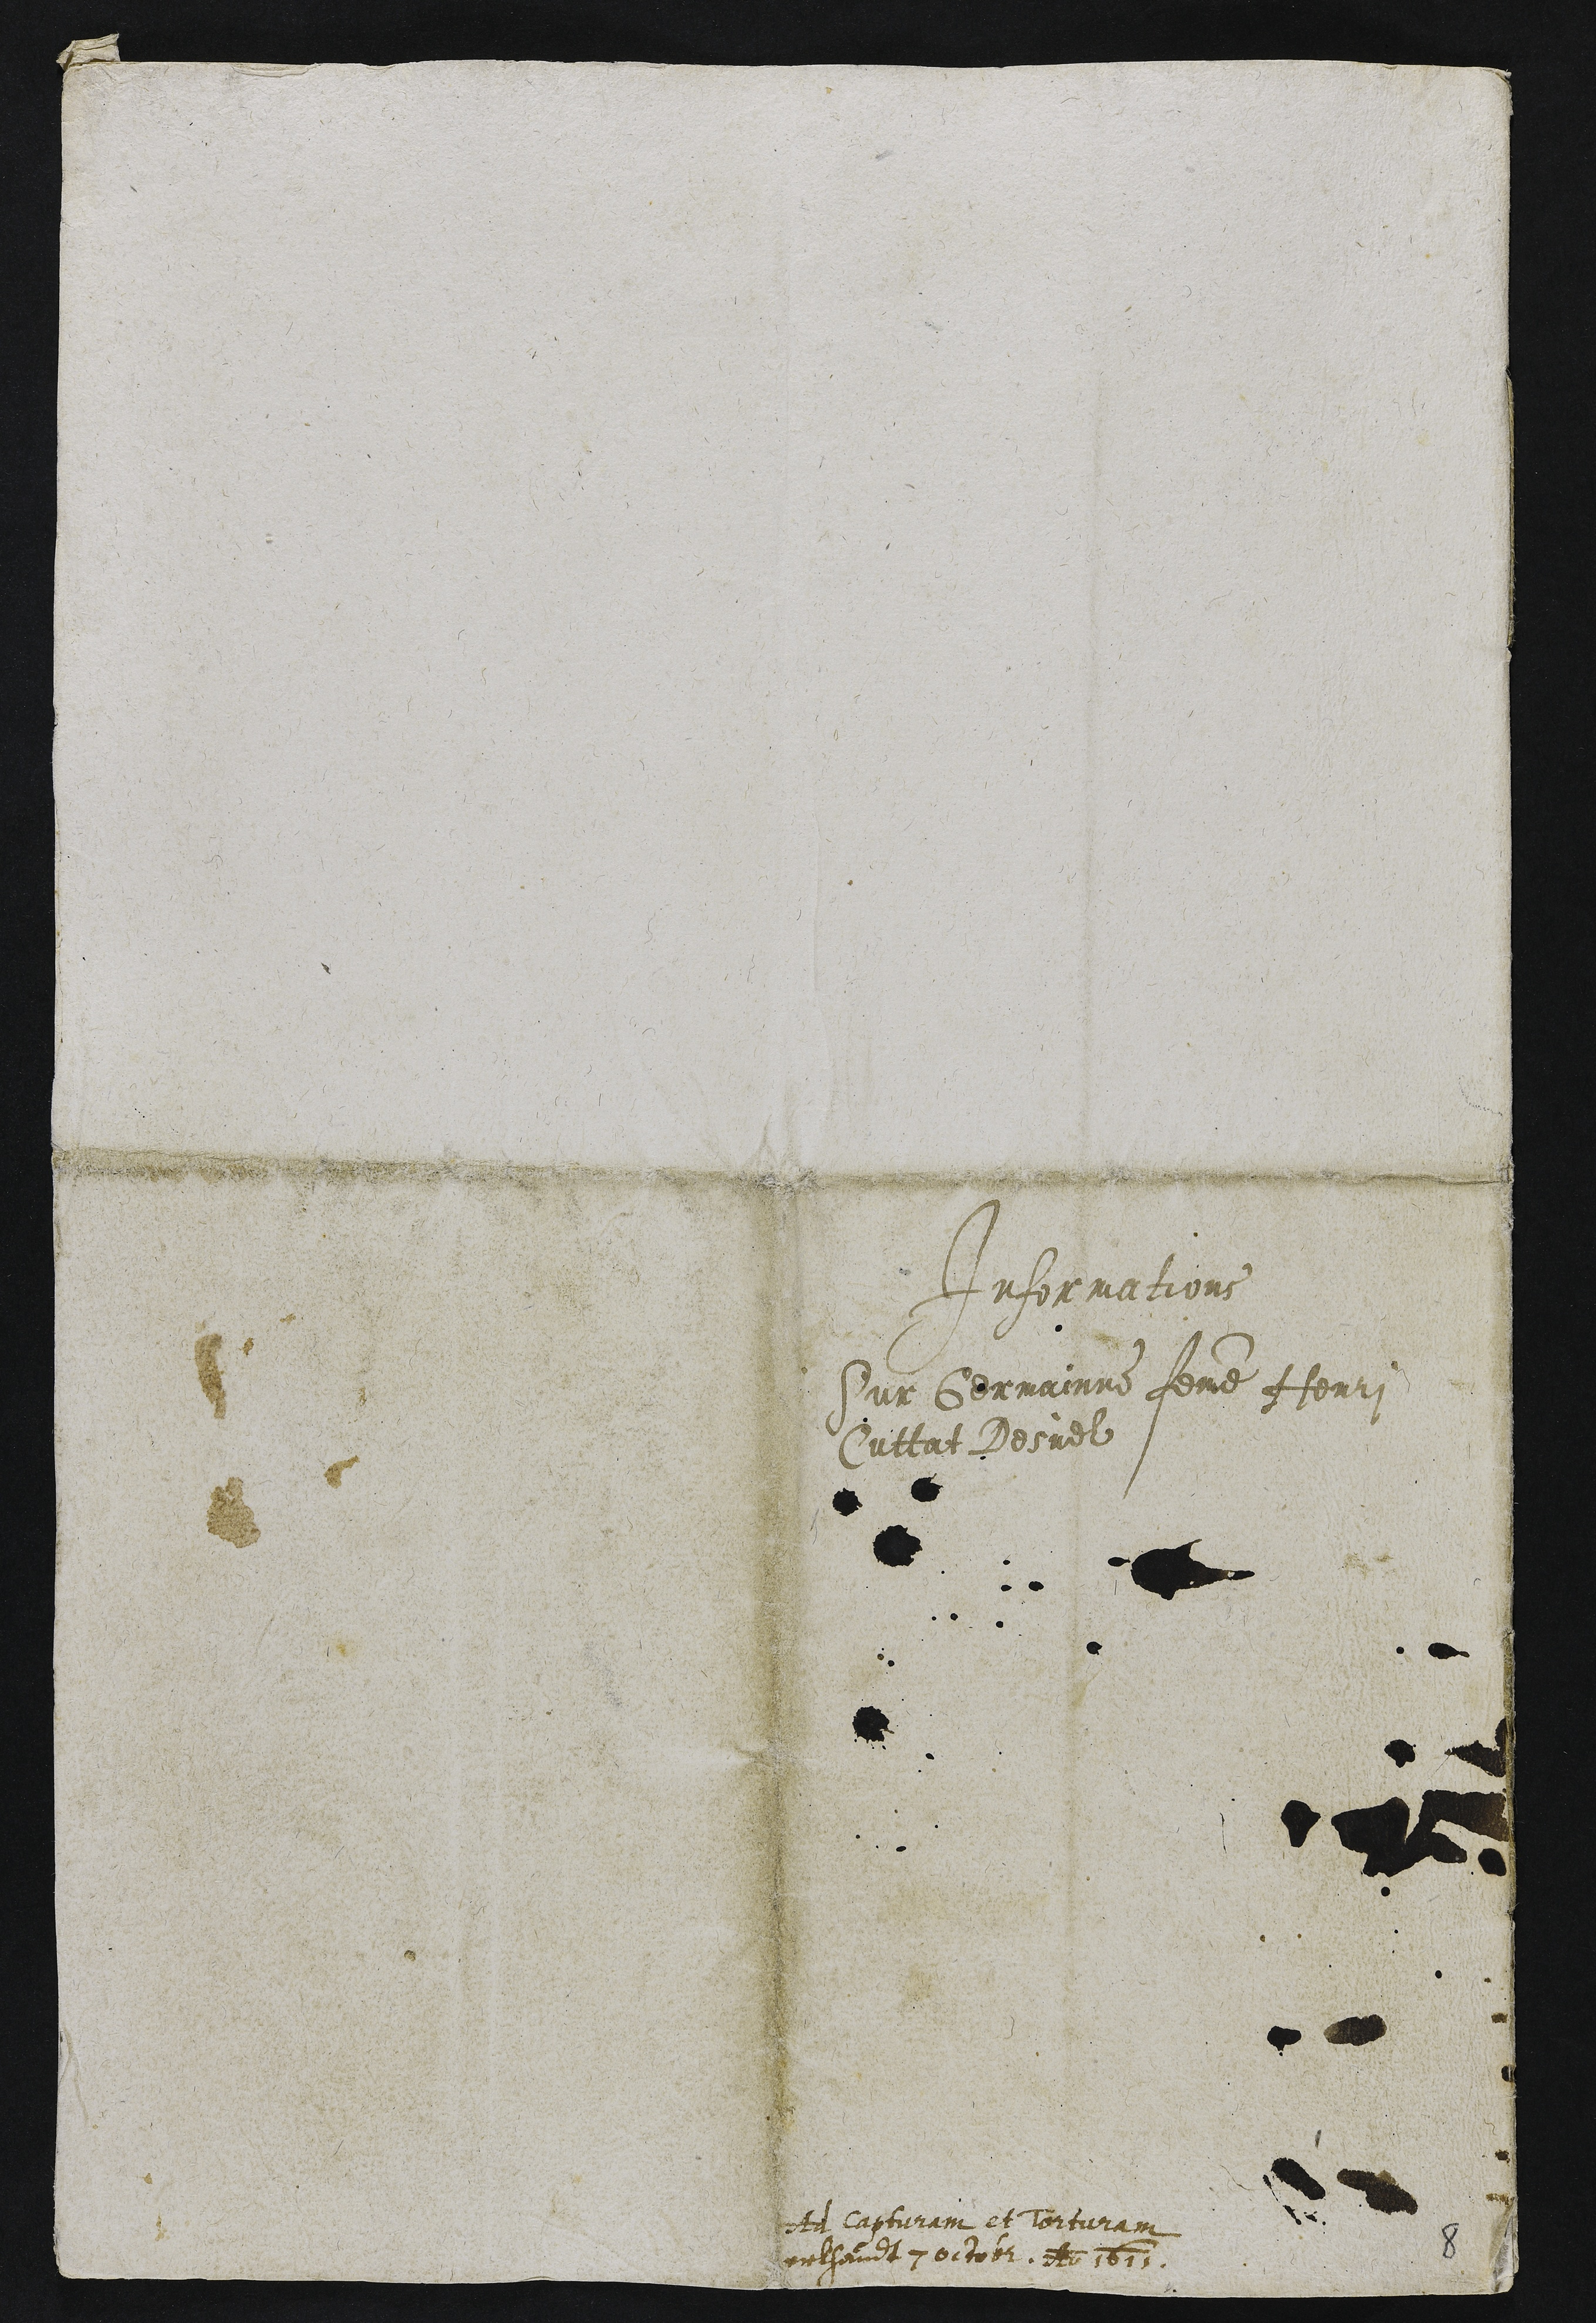
Infor mations
Sur Germainne femme (enri
Cuttat Desuel

dotd Capturam et Torturam.
velhandt 7 octobz. N 161

8